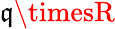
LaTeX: \mathfrak{q}\timesR